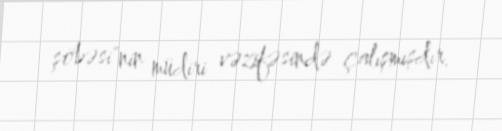
şöbəsi"nin müdiri vəzifəsində çalışmışdır.